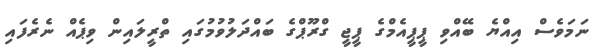
ނަމަވެސް އިއްޔެ ބޭއްވި ޕީޕީއެމްގެ ޕީޖީ ގްރޫޕްގެ ބައްދަލުވުމުގައި ތްރީލައިން ވިޕެއް ނެރެފައި